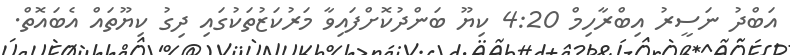
އަބްދު ނަސީރު އިބްރާހިމް 4:20 ކިޔޫ ބަންދުކޮށްފައިވާ މަރުކަޒުތަކުގައި ދިގު ކިޔޫތައް އެބައޮތް.